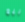
بيع